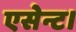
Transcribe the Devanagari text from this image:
एसेन्ट।